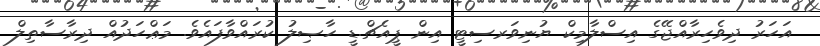
އަހަރު ދިވެހިރާއްޖޭގެ އިސްލާމިކް ޔުނިވަރސިޓީ އިން ޕީއެޗް.ޑީ ހާޞިލު ކުރައްވާފައެވެ. މަޢްހަދުއް ދިރާސާތިލް